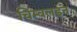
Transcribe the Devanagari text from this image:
चिम्बलडन